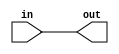
module carry (in, out);
    input in;
    output out;
    assign out = in;
endmodule